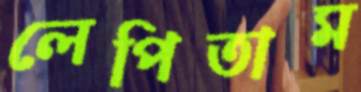
লেপিতাম